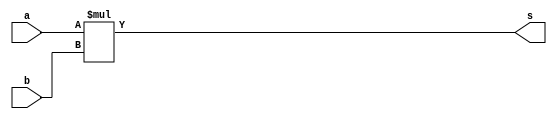
module multiply_16bit_10 (
    input [15:0] a,
    input [15:0] b,
    output reg [15:0] s
  );
  
  
  
  always @* begin
    s[0+15-:16] = a[0+15-:16] * b[0+15-:16];
  end
endmodule